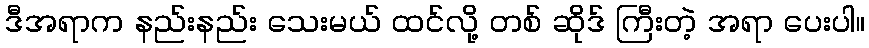
ဒီအရာက နည်းနည်း သေးမယ် ထင်လို့ တစ် ဆိုဒ် ကြီးတဲ့ အရာ ပေးပါ။